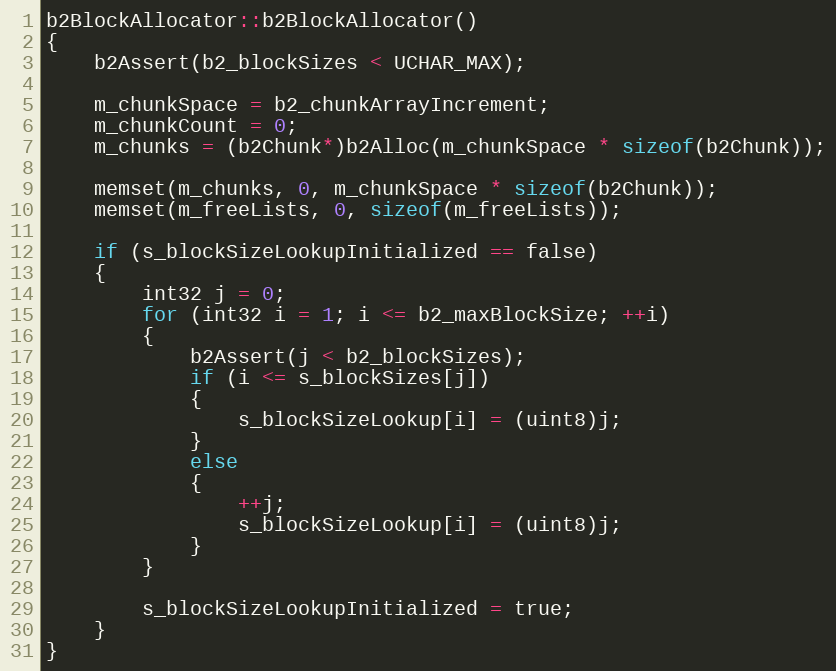
Language: C++
b2BlockAllocator::b2BlockAllocator()
{
	b2Assert(b2_blockSizes < UCHAR_MAX);

	m_chunkSpace = b2_chunkArrayIncrement;
	m_chunkCount = 0;
	m_chunks = (b2Chunk*)b2Alloc(m_chunkSpace * sizeof(b2Chunk));

	memset(m_chunks, 0, m_chunkSpace * sizeof(b2Chunk));
	memset(m_freeLists, 0, sizeof(m_freeLists));

	if (s_blockSizeLookupInitialized == false)
	{
		int32 j = 0;
		for (int32 i = 1; i <= b2_maxBlockSize; ++i)
		{
			b2Assert(j < b2_blockSizes);
			if (i <= s_blockSizes[j])
			{
				s_blockSizeLookup[i] = (uint8)j;
			}
			else
			{
				++j;
				s_blockSizeLookup[i] = (uint8)j;
			}
		}

		s_blockSizeLookupInitialized = true;
	}
}